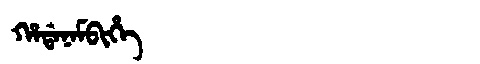
Manchu: ᡥᠠᡩᠠᠨᠠᠮᠪᡳᡥᡝ
Romanization: HADANAMBIHE